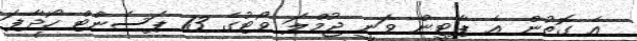
އެ ގޮތުން އެ ޕާޓީން ވަނީ ޖުމްލަ ވޯޓުގެ 13 ޕަސެންޓް ހޯދާފަ